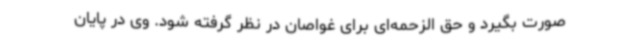
صورت بگیرد و حق الزحمه‌ای برای غواصان در نظر گرفته شود. وی در پایان